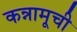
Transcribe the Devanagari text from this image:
कन्नामूची